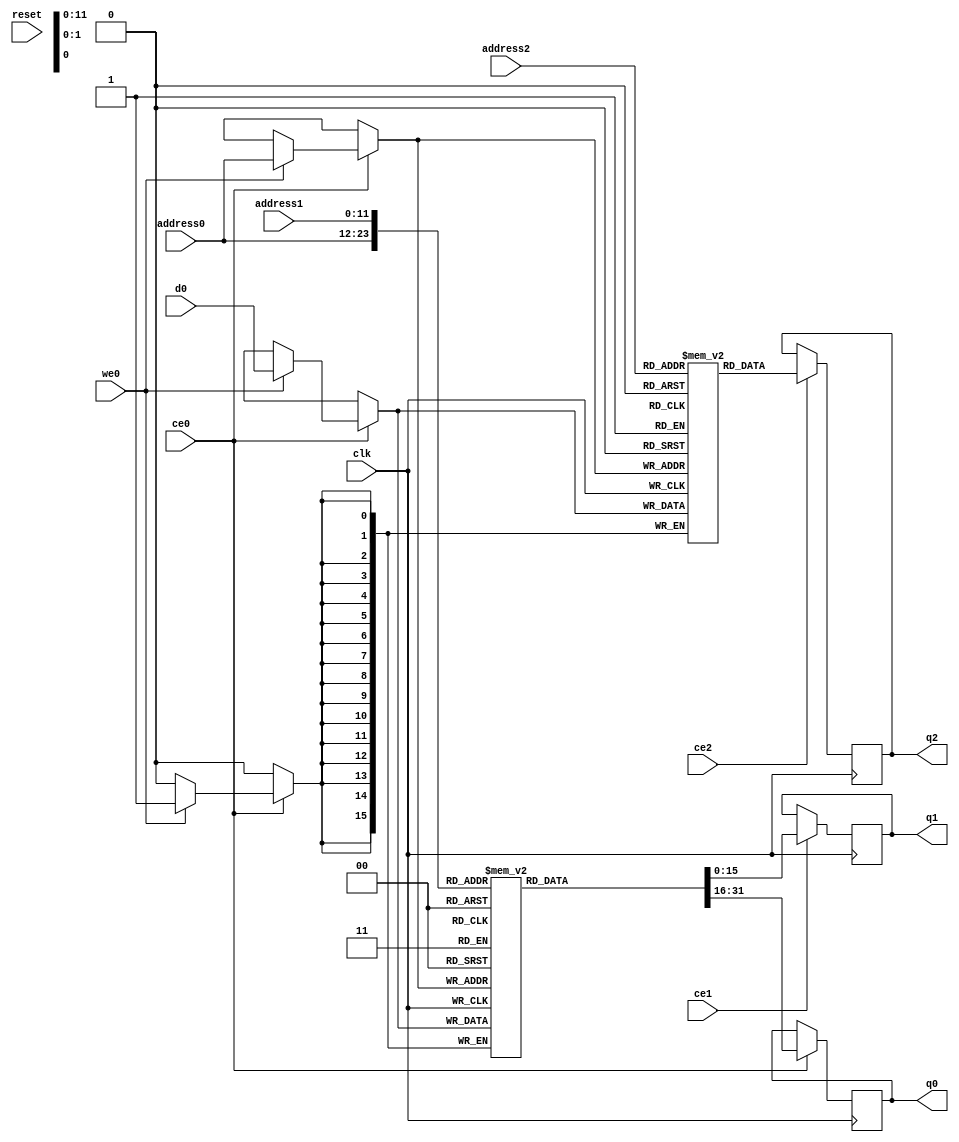
// ==============================================================
// Vitis HLS - High-Level Synthesis from C, C++ and OpenCL v2022.2 (64-bit)
// Version: 2022.2
// Copyright 1986-2022 Xilinx, Inc. All Rights Reserved.
// ==============================================================
`timescale 1 ns / 1 ps
module top_tx_temp5_M_real_V_RAM_1WNR_AUTO_1R1W (
     
    address0, ce0,
    d0, we0, 
    q0, 
     
    address1, ce1,
    
    q1, 
     
    address2, ce2,
    
    q2, 
    
    reset, clk);

parameter DataWidth = 16;
parameter AddressWidth = 12;
parameter AddressRange = 3072;

input[AddressWidth-1:0] address0;
input ce0;
input[DataWidth-1:0] d0;
input we0; 
output reg[DataWidth-1:0] q0; 

input[AddressWidth-1:0] address1;
input ce1;

output reg[DataWidth-1:0] q1; 

input[AddressWidth-1:0] address2;
input ce2;

output reg[DataWidth-1:0] q2; 

input reset;
input clk;


(* ram_style = "auto"  *)reg [DataWidth-1:0] ram0[0:AddressRange-1];

(* ram_style = "auto"  *)reg [DataWidth-1:0] ram1[0:AddressRange-1];


 


// write to all ram
always @(posedge clk)  
begin 
    if (ce0) begin
        if (we0) 
            ram0[address0] <= d0; 

        q0 <= ram0[address0]; 
    end
end
always @(posedge clk)  
begin 
    if (ce0) begin
        if (we0) 
            ram1[address0] <= d0; 

    end
end

always @(posedge clk)  
begin 
    if (ce1) begin
        q1 <= ram0[address1];
    end
end
always @(posedge clk)  
begin 
    if (ce2) begin
        q2 <= ram1[address2];
    end
end


endmodule